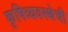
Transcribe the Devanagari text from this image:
कृषिव्यवस्थेची